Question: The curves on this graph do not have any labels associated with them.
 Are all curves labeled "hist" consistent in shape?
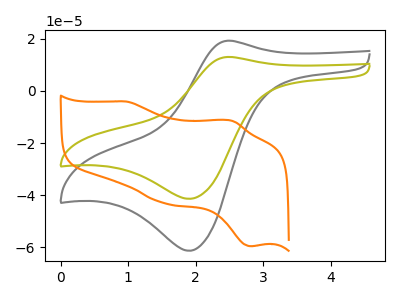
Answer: <think>The gray curve "gray" has an anodic peak at (2.45V, 19.15uA) and a cathodic peak at (1.90V, -61.25uA). The olive curve "olive" has an anodic peak at (2.45V, 12.95uA) and a cathodic peak at (1.90V, -41.35uA). The orange curve "orange" has anodic peaks at (0.95V, -4.10uA) (2.55V, -11.50uA) and cathodic peaks at (1.55V, -43.10uA) (2.80V, -59.50uA).
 All the peaks in "gray" have a peak in "olive" at the same potential. Every peak in "gray" is higher than every peak in "olive". "gray" and "orange" have a different number of peaks. "olive" and "orange" have a different number of peaks.</think>
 <answer>All the CV's of "hist" have similar shape.</answer>
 <eval>follow_rule</eval>